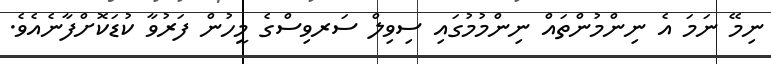
ނިމޭ ނަމަ އެ ނިންމުންތައް ނިންމުމުގައި ސިވިލް ސަރވިސްގެ މީހުން ފަރުވާ ކުޑަކޮށްފާނެއެވެ.